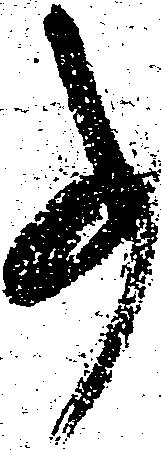
事